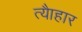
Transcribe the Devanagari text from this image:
त्यैाहार